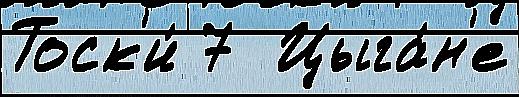
Тоск'и́ 7  Цыга́н'е